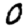
Digit: 0